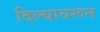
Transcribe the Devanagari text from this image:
दिल्यावरून